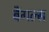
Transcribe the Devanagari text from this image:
बैंगल्स